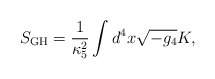
\begin{align*}S_{\rm GH} = \frac{1}{\kappa_5^2}\int d^4 x \sqrt{-g_4} K,\end{align*}